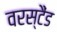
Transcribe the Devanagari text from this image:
वरस्टैंड